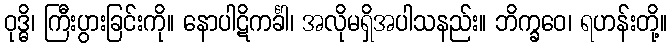
ဝုဒ္ဓိ၊ ကြီးပွားခြင်းကို။ နောပါဋိကင်္ခါ၊ အလိုမရှိအပါသနည်း။ ဘိက္ခဝေ၊ ရဟန်းတို့။